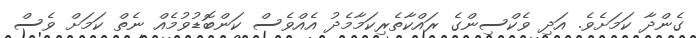
ގެންދާ ކަމަށެވެ. އަދި ވެކްސިންގެ ރައްކާތެރިކަމާމެދު އެއްވެސް ކަންބޮޑުވުމެއް ނެތް ކަމަށް ވެސް